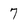
Character: 7